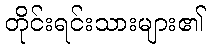
တိုင်းရင်းသားများ၏